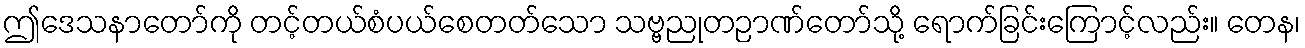
ဤဒေသနာတော်ကို တင့်တယ်စံပယ်စေတတ်သော သဗ္ဗညုတဉာဏ်တော်သို့ ရောက်ခြင်းကြောင့်လည်း။ တေန၊